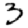
Digit: 3